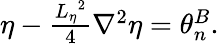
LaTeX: \begin{array}{r}{\eta-\frac{{L_{\eta}}^{2}}{4}\nabla^{2}{\eta}=\theta_{n}^{B}.}\end{array}